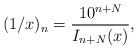
\begin{align*}(1/x)_n = \frac{10^{n+N}}{I_{n+N}(x)},\end{align*}